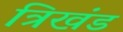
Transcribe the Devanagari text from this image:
त्रिखंड